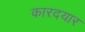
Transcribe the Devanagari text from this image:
कारदयार